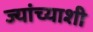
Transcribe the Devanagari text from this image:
ज्यांच्याशी